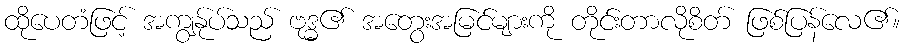
ထိုပေတံဖြင့် အကျွန်ုပ်သည် ဗုဒ္ဓ၏ အတွေးအမြင်များကို တိုင်းတာလိုစိတ် ဖြစ်ပြန်လေ၏။